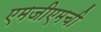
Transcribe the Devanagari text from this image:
एमजीएमची